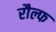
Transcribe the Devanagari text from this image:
रौल्फ